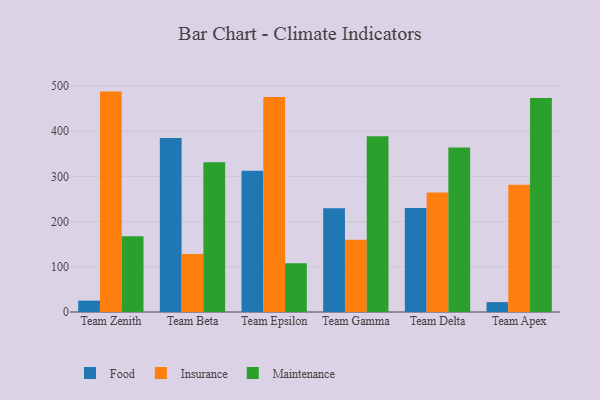
{"axis": {"x": "Team", "y": "Operating Costs (USD K)"}, "legend": ["Food", "Insurance", "Maintenance"], "data": [{"x": "Team Zenith", "y": 25.1, "type": "Food"}, {"x": "Team Zenith", "y": 487.6, "type": "Insurance"}, {"x": "Team Zenith", "y": 167.6, "type": "Maintenance"}, {"x": "Team Beta", "y": 384.7, "type": "Food"}, {"x": "Team Beta", "y": 128.5, "type": "Insurance"}, {"x": "Team Beta", "y": 331.3, "type": "Maintenance"}, {"x": "Team Epsilon", "y": 312.7, "type": "Food"}, {"x": "Team Epsilon", "y": 475.9, "type": "Insurance"}, {"x": "Team Epsilon", "y": 107.6, "type": "Maintenance"}, {"x": "Team Gamma", "y": 229.6, "type": "Food"}, {"x": "Team Gamma", "y": 159.7, "type": "Insurance"}, {"x": "Team Gamma", "y": 388.8, "type": "Maintenance"}, {"x": "Team Delta", "y": 229.9, "type": "Food"}, {"x": "Team Delta", "y": 264.4, "type": "Insurance"}, {"x": "Team Delta", "y": 364.2, "type": "Maintenance"}, {"x": "Team Apex", "y": 21.8, "type": "Food"}, {"x": "Team Apex", "y": 281.4, "type": "Insurance"}, {"x": "Team Apex", "y": 473.3, "type": "Maintenance"}]}